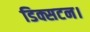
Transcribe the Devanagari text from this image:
डिक्सटन।